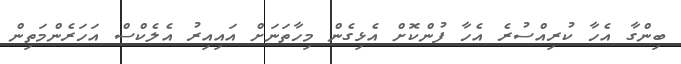
ބިންގާ އެހާ ކުރިއްސުރެ އެހާ ފުންކޮށް އެޅިގެން މިހާތަނަށް އައިއިރު އެލެކްސް އަހަރެންމަތިން